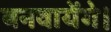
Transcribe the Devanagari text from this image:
बनवायेंगे।